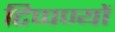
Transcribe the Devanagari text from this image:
टिप्पण्यों